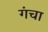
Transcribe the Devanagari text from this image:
गंचा